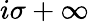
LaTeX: i\sigma+\infty